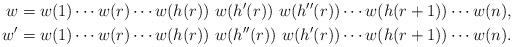
LaTeX: \begin{align*}w&=w(1)\cdots w(r) \cdots w(h(r)) \ w(h'(r)) \ w(h''(r)) \cdots w(h(r+1)) \cdots w(n), \\w'&=w(1)\cdots w(r) \cdots w(h(r)) \ w(h''(r)) \ w(h'(r)) \cdots w(h(r+1)) \cdots w(n).\end{align*}